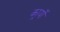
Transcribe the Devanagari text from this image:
कार्र्यों